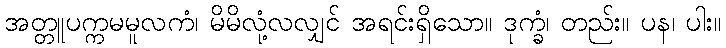
အတ္တူပက္ကမမူလကံ၊ မိမိလုံ့လလျှင် အရင်းရှိသော။ ဒုက္ခံ၊ တည်း။ ပန၊ ပါး။